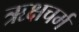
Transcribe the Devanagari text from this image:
ऋक्षचर्म